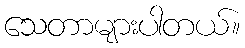
သေတာများပါတယ်။